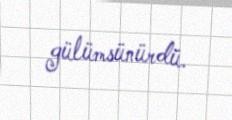
gülümsünürdü.